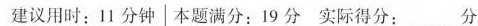
建议用时:11分钟|本题满分:19分 实际得分: 分